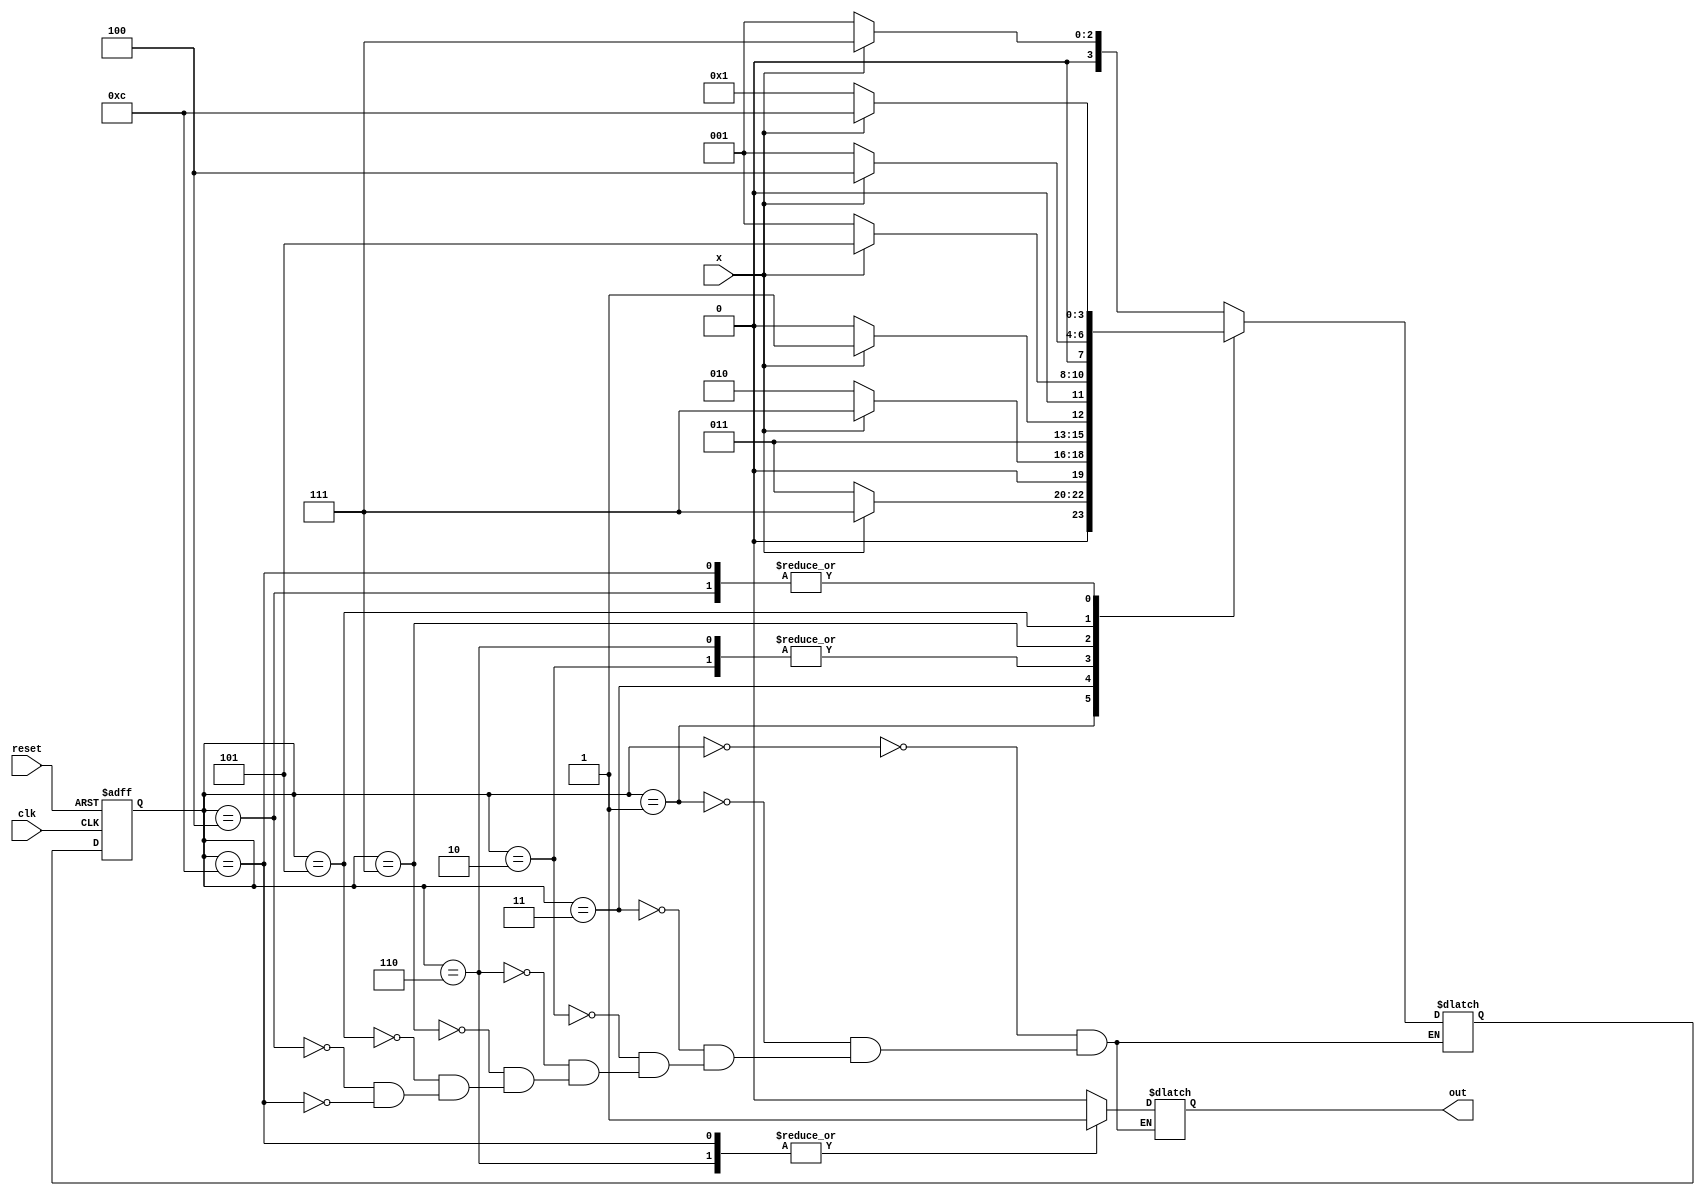
module Cau1(
	input x, clk, reset,
	output reg out
);
reg [3:0]state, next_state;
parameter 	s0 = 4'b0000, 
				s1 = 4'b0001,
				s2 = 4'b0011,
				s3 = 4'b0010,
				s4 = 4'b0110, 
				s5 = 4'b0111,
				s6 = 4'b0101,
				s7 = 4'b0100,
				s8 = 4'b1100;
	always @(state or x)
		case (state)
		s0:
		begin
			out = 0;
			if (x == 1'b0) 
				next_state = s1;
			else 
				next_state = s5;
		end
		s1:
		begin
			out = 0;
			if (x == 1'b0) 
				next_state = s2;
			else 
				next_state = s5;
		end
		
		s2:
		begin
			out = 0;
			if (x == 1'b0) 
				next_state = s3;
			else 
				next_state = s5;
		end		
				
		s3:
		begin
			out = 0;
			if (x == 1'b0) 
				next_state = s4;
			else 
				next_state = s5;
		end
		
		s4:
		begin
			out = 1;
			if (x == 1'b0) 
				next_state = s4;
			else 
				next_state = s5; 
		end
		
		s5:
		begin
			out = 0;
			if (x == 1'b1) 
				next_state = s6;
			else 
				next_state = s1; 
		end
		
		s6:
		begin
			out = 0;
			if (x == 1'b1) 
				next_state = s7;
			else 
				next_state = s1;
		end
		
		s7:
		begin
			out = 0;
			if (x == 1'b1) 
				next_state = s8;
			else 
				next_state = s1;
		end
		
		s8:
		begin
			out = 1;
			if (x == 1'b1) 
				next_state = s8;
			else 
				next_state = s1;
		end		
				
		endcase
		
	always @(posedge clk or posedge reset)
		begin
			if (reset == 1'b1)
				state <= s0;
			else 
				state <= next_state;
		end
		
endmodule